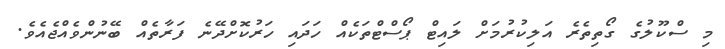
މި ސްކޫލުގެ ގޯތިތެރެ އަލިކުރުމަށް ލައިޓް ޕޯސްޓްތަކެއް ހަދައި ހަރުކޮށްދޭނެ ފަރާތެއް ބޭނުންވެއްޖެއެވެ.